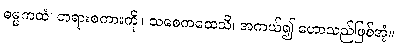
ဓမ္မကထံ၊ တရားစကားကို။ သစေကထေသိ၊ အကယ်၍ ဟောသည်ဖြစ်အံ့။